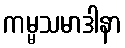
ကမ္မသမာဒါနာ